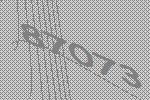
87073